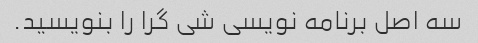
سه اصل برنامه نویسی شی گرا را بنویسید.